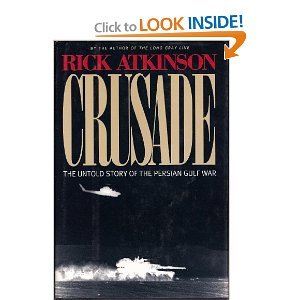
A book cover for Crusade : The Untold Story of the Persian Gulf War [Hardcover]; RICK ATKINSON; History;